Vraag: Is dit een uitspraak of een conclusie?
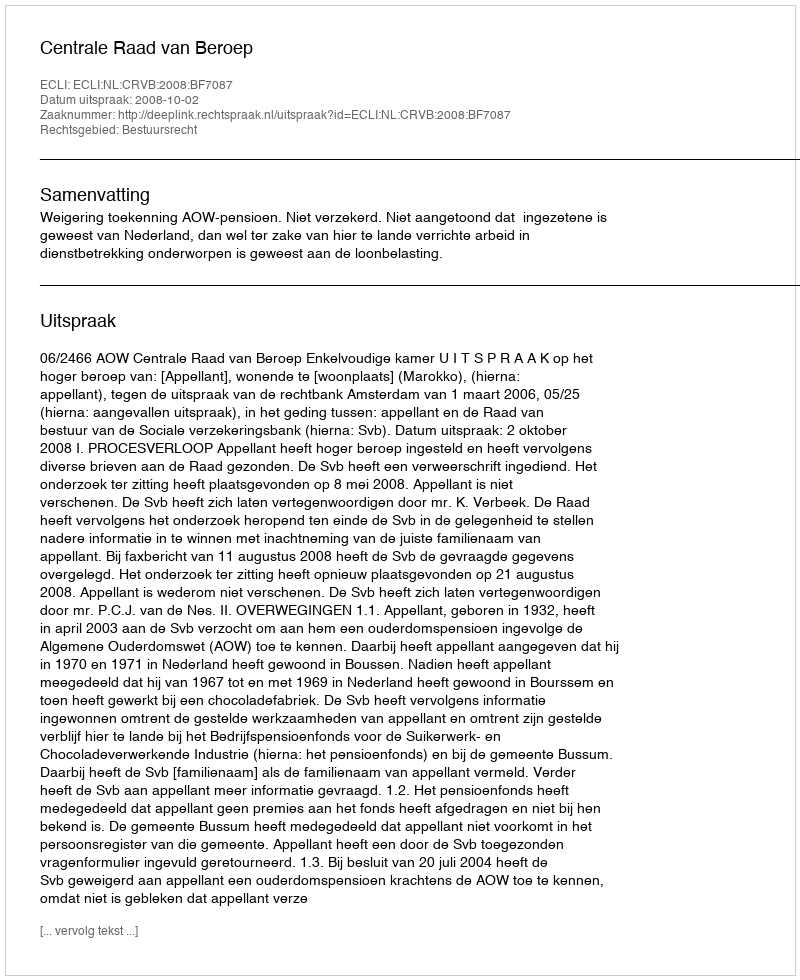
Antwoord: Uitspraak